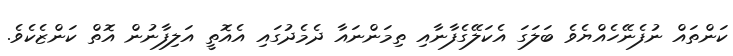
ކަންތައް ނުފެނޭހެއްޔެވެ ބަލަގަ އެކަލޭގެފާނާއި ތިމަންނައާ ދެމެދުގައި އެއޮތީ އަލިފާނުން އޮތް ކަންޒެކެވެ.